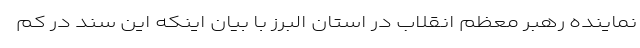
نماینده رهبر معظم انقلاب در استان البرز با بیان اینکه این سند در کم